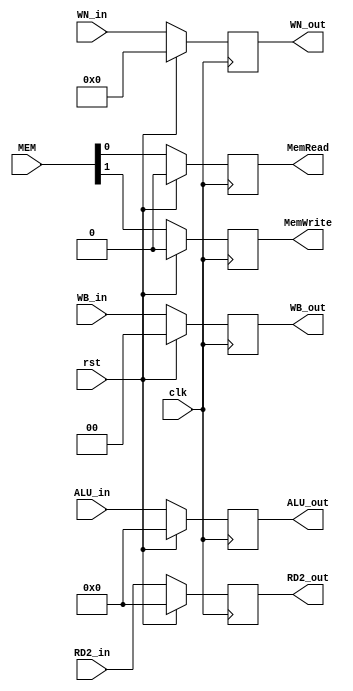
module EX_MEM( ALU_in, ALU_out, RD2_in, RD2_out, WN_in, WN_out, MEM, MemWrite, MemRead, WB_in, WB_out, clk, rst );
	input [31:0] ALU_in, RD2_in;
	input [4:0] WN_in; 
	input clk, rst;
    input [1:0] MEM;
	input [1:0] WB_in;
	output [31:0] ALU_out, RD2_out;
	output [4:0] WN_out;
	output MemWrite, MemRead;
	output [1:0] WB_out;
	
	reg [31:0] ALU_out, RD2_out;
	reg [4:0] WN_out;
	reg MemWrite, MemRead;
	reg [1:0] WB_out;
	
	always @ ( posedge clk ) begin
		if ( rst ) begin
			ALU_out <= 32'b0;
			RD2_out <= 32'b0;
			WN_out <= 5'b0;
			WB_out <= 2'b0;
			MemWrite <= 1'b0;
			MemRead <= 1'b0;
		end
		else begin
			MemWrite <= MEM[1];
			MemRead <= MEM[0];
			ALU_out <= ALU_in;
			RD2_out <= RD2_in;
			WN_out <= WN_in;
			WB_out <= WB_in;
		end
	end
endmodule